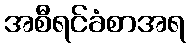
အစီရင်ခံစာအရ